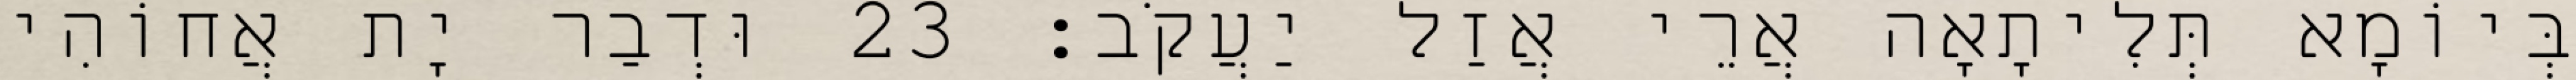
בְּיוֹמָא תְּלִיתָאָה אֲרֵי אֲזַל יַעֲקֹב׃ 23 וּדְבַר יָת אֲחוֹהִי